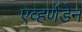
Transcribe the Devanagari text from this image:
एव्हर्णडेन